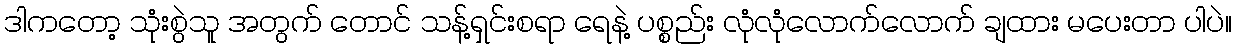
ဒါကတော့ သုံးစွဲသူ အတွက် တောင် သန့်ရှင်းစရာ ရေနဲ့ ပစ္စည်း လုံလုံလောက်လောက် ချထား မပေးတာ ပါပဲ။